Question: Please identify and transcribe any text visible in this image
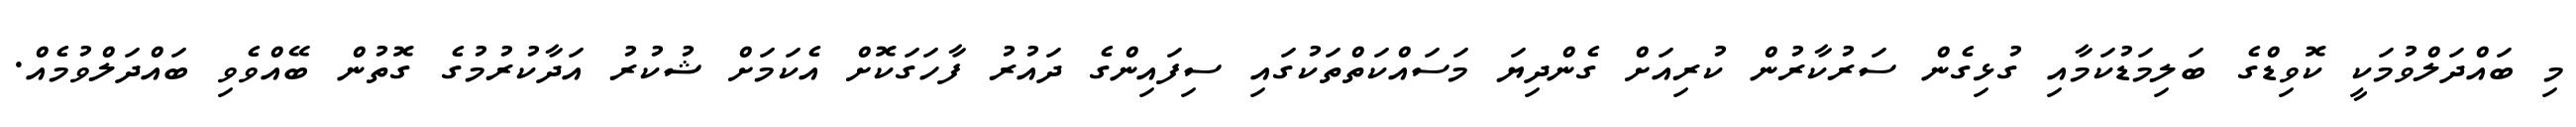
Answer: މި ބައްދަލްވުމަކީ ކޮވިޑްގެ ބަލިމަޑުކަމާއި ގުޅިގެން ސަރުކާރުން ކުރިއަށް ގެންދިޔަ މަސައްކަތްތަކުގައި ސިފައިންގެ ދައުރު ފާހަގަކޮށް އެކަމަށް ޝުކުރު އަދާކުރުމުގެ ގޮތުން ބޭއްވެވި ބައްދަލްވުމެއް.